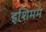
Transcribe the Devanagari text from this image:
इशिमम